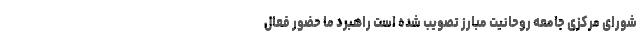
شورای مرکزی جامعه روحانیت مبارز تصویب شده است راهبرد ما حضور فعال